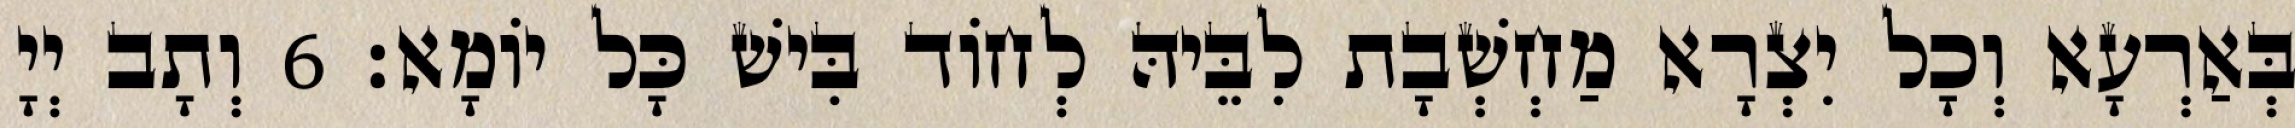
בְּאַרְעָא וְכָל יִצְרָא מַחְשְׁבָת לִבֵּיהּ לְחוֹד בִּישׁ כָּל יוֹמָא׃ 6 וְתָב יְיָ